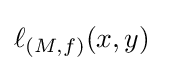
\ell _{(M,f)}(x,y)\